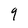
Character: 9